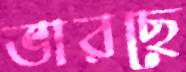
ভারছে